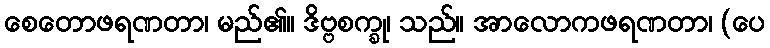
စေတောဖရဏတာ၊ မည်၏။ ဒိဗ္ဗစက္ခု၊ သည်။ အာလောကဖရဏတာ၊ (ပေ